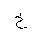
Letter: _kha